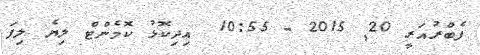
ފެބްރުއަރީ 20